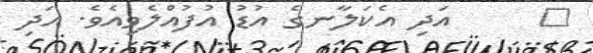
٧     އަދި އެކަލާނގެ އުޑު އުފުއްލެވިއެވެ. އަދި